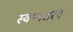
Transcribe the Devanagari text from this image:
स्वप्नतरंग